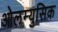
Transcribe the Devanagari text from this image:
ओलम्युसिक